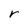
Character: r